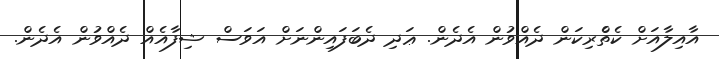
އާއިލާއަށް ކެތްެރިކަން ދެއްވުން އެދެން. ޢަދި ދެބަފައިންނަށް އަވަސް ޝިފާއެއް ދެއްވުން އެދެން.